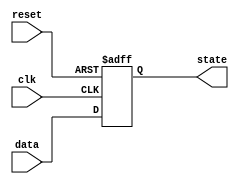
module async_reset_block (
    input wire reset,        // Asynchronous reset signal
    input wire clk,         // Clock signal
    input wire [3:0] data,  // Example input data (can be modified based on requirements)
    output reg [3:0] state  // Output/state that will be affected by the reset
);

// Define the reset value
parameter RESET_VALUE = 4'b0000;

// Synchronous process for state update with asynchronous reset
always @(posedge clk or posedge reset) begin
    if (reset) begin
        // Asynchronous reset: set the state to reset value
        state <= RESET_VALUE;
    end else begin
        // Normal operation: update state based on other logic (example)
        state <= data; // This can be replaced with your desired logic
    end
end

endmodule